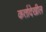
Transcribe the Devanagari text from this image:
कर्तादेखील